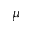
\mu